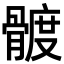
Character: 𩩮